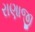
રાણાજી